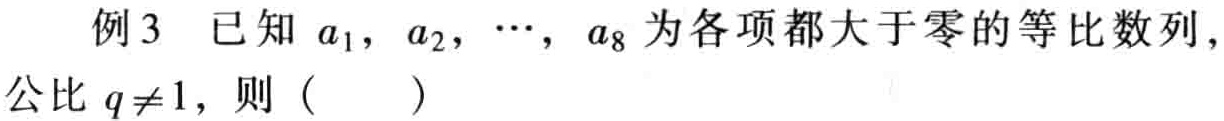
例3 已知 \(a_{1},a_{2},\cdots,a_{8}\) 为各项都大于零的等比数列，公比 \(q\neq1\)，则（  ）